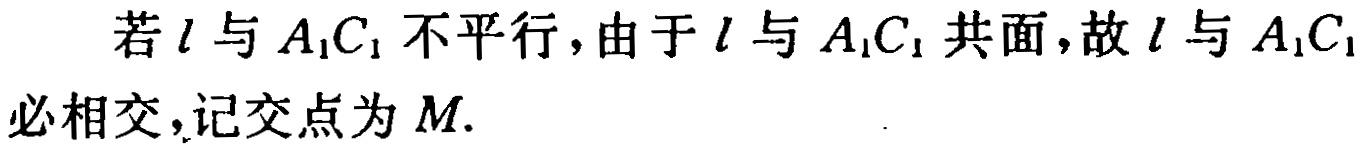
若\(l\)与\(A_{1}C_{1}\)不平行，由于\(l\)与\(A_{1}C_{1}\)共面，故\(l\)与\(A_{1}C_{1}\)必相交，记交点为\(M\).